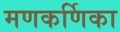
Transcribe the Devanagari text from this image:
मणकर्णिका